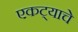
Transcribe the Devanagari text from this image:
एकट्याचे